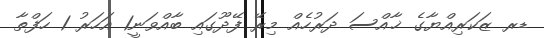
ޑރ ޒަކަރިއްޔާގެ ޚާއްސަ ދަރުހެއް މިރޭ ފޭދޫގައި ބާއްވަނީ1 އަހަރު 1 ހަފްތާ